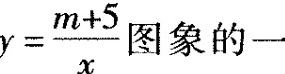
$$y = \frac { m+5 }{ x }$$ 图象的一